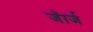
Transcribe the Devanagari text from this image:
जॅार्ज